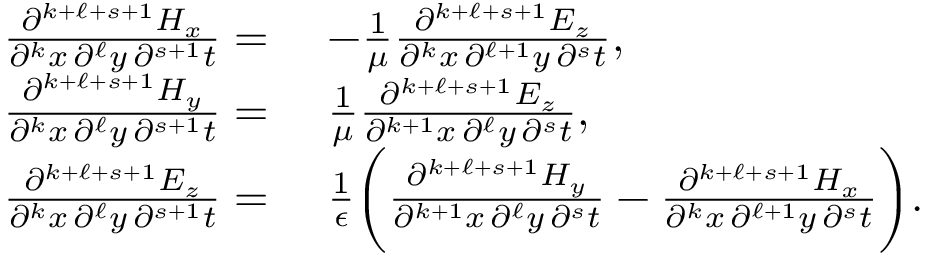
\begin{array} { r l } { \frac { \partial ^ { k + \ell + s + 1 } H _ { x } } { \partial ^ { k } x \, \partial ^ { \ell } y \, \partial ^ { s + 1 } t } = } & { \, \, - \frac { 1 } { \mu } \frac { \partial ^ { k + \ell + s + 1 } E _ { z } } { \partial ^ { k } x \, \partial ^ { \ell + 1 } y \, \partial ^ { s } t } , } \\ { \frac { \partial ^ { k + \ell + s + 1 } H _ { y } } { \partial ^ { k } x \, \partial ^ { \ell } y \, \partial ^ { s + 1 } t } = } & { \, \, \frac { 1 } { \mu } \frac { \partial ^ { k + \ell + s + 1 } E _ { z } } { \partial ^ { k + 1 } x \, \partial ^ { \ell } y \, \partial ^ { s } t } , } \\ { \frac { \partial ^ { k + \ell + s + 1 } E _ { z } } { \partial ^ { k } x \, \partial ^ { \ell } y \, \partial ^ { s + 1 } t } = } & { \, \, \frac { 1 } { \epsilon } \bigg ( \frac { \partial ^ { k + \ell + s + 1 } H _ { y } } { \partial ^ { k + 1 } x \, \partial ^ { \ell } y \, \partial ^ { s } t } - \frac { \partial ^ { k + \ell + s + 1 } H _ { x } } { \partial ^ { k } x \, \partial ^ { \ell + 1 } y \, \partial ^ { s } t } \bigg ) . } \end{array}